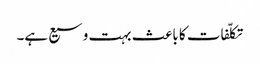
تکلّفات کا باعث بہت وسیع ہے۔